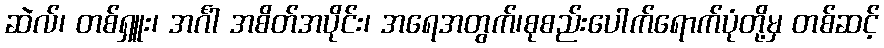
ဆဲလ်၊ တစ်ရှူး၊ အင်္ဂါ အစိတ်အပိုင်း၊ အရေအတွက်၊စုစည်းပေါက်ရောက်ပုံတို့မှ တစ်ဆင့်